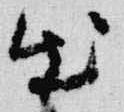
出